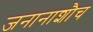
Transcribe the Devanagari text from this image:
जनानाशौच